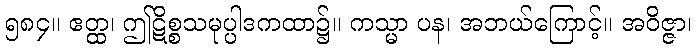
၅၈၄။ ဧတ္ထ၊ ဤဋိစ္စသမုပ္ပါဒကထာ၌။ ကသ္မာ ပန၊ အဘယ်ကြောင့်။ အဝိဇ္ဇာ၊